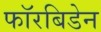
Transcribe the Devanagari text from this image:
फॉरबिडेन